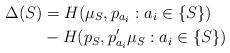
LaTeX: \begin{align*}\Delta(S) &= H(\mu_S ,p_{a_i} : a_i \in \{S\})\\&-H(p_S,p'_{a_i} \mu_S :a_i \in \{S\})\end{align*}